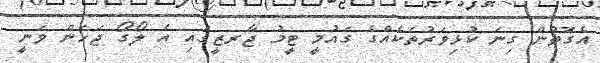
އެގޮތުން ގިނަ ކުޅިވަރުތަކެއްގެ ގައުމީ ޓީމު ޖާރޒީގައި އެ ލޯގޯ ޖަހަން ވަނީ